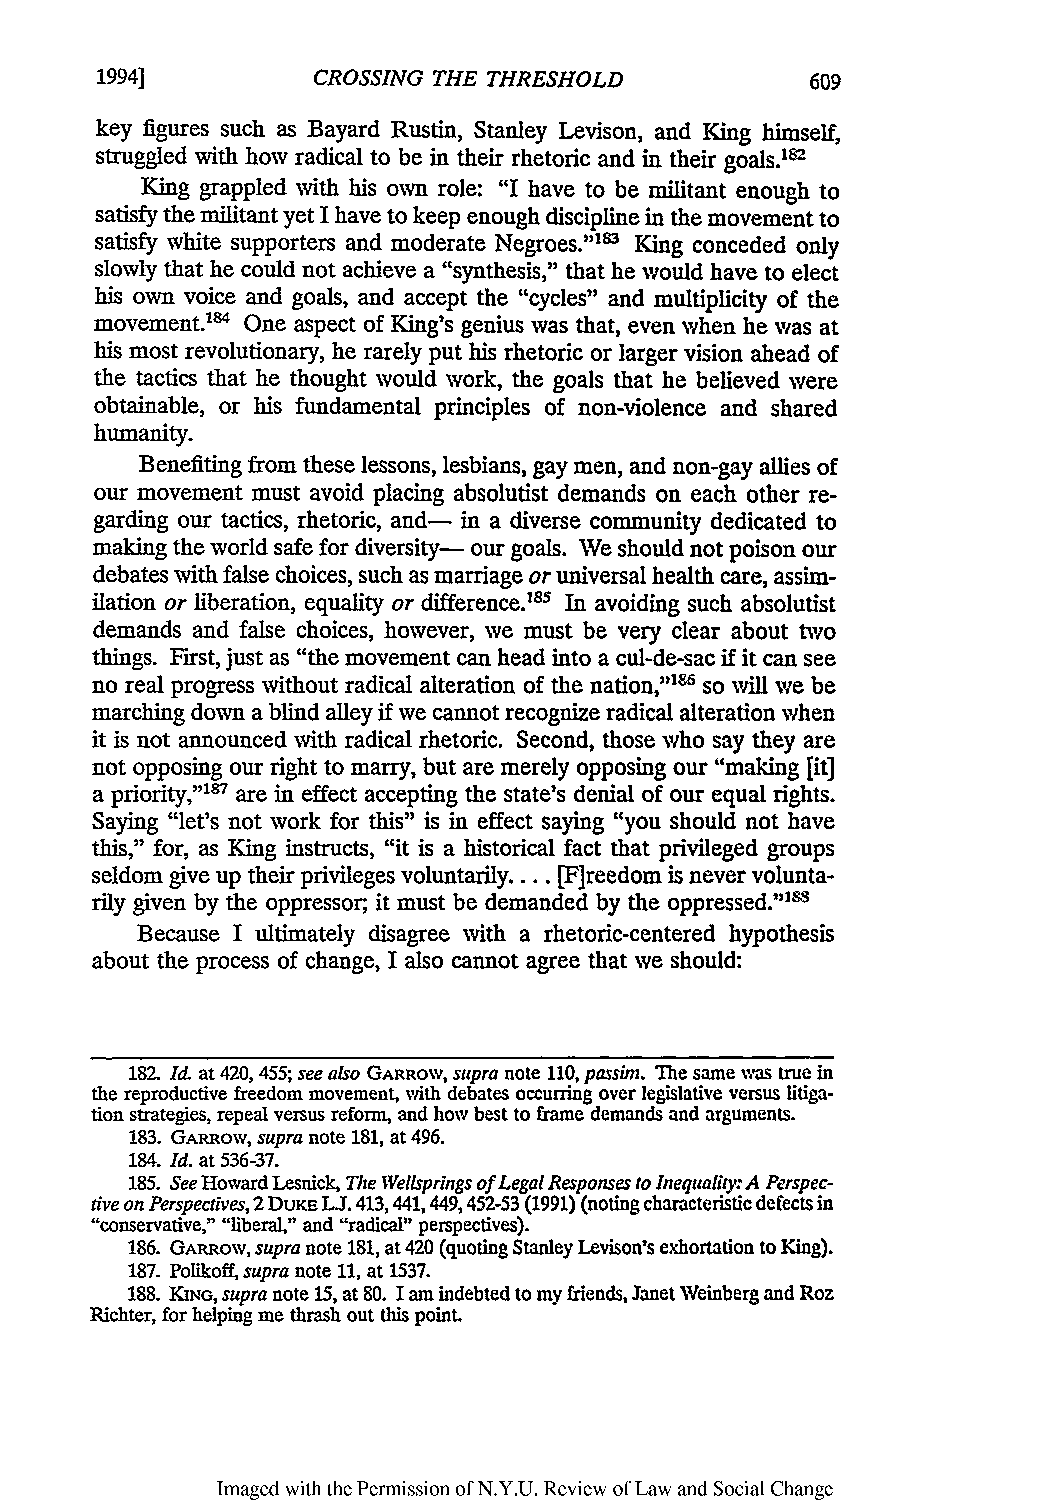
1994]          CROSSING THE THRESHOLD
 key figures such as Bayard Rustin, Stanley Levison, and King himself,
 struggled with how radical to be in their rhetoric and in their goals.1s'
 King grappled with his own role: "I have to be militant enough to
 satisfy the militant yet I have to keep enough discipline in the movement to
 satisfy white supporters and moderate Negroes.""l King conceded only
 slowly that he could not achieve a "synthesis," that he would have to elect
 his own voice and goals, and accept the "cycles" and multiplicity of the
 movement.'14 One aspect of King's genius was that, even when he was at
 his most revolutionary, he rarely put his rhetoric or larger vision ahead of
 the tactics that he thought would work, the goals that he believed were
 obtainable, or his fundamental principles of non-violence and shared
 humanity.
 Benefiting from these lessons, lesbians, gay men, and non-gay allies of
 our movement must avoid placing absolutist demands on each other re-
 garding our tactics, rhetoric, and- in a diverse community dedicated to
 making the world safe for diversity- our goals. We should not poison our
 debates with false choices, such as marriage or universal health care, assim-
 ilation or liberation, equality or difference." s In avoiding such absolutist
 demands and false choices, however, we must be very clear about two
 things. First, just as "the movement can head into a cul-de-sac if it can see
 no real progress without radical alteration of the nation,'186s o will we be
 marching down a blind alley if we cannot recognize radical alteration when
 it is not announced with radical rhetoric. Second, those who say they are
 not opposing our right to marry, but are merely opposing our "making [it]
 a priority,"'1 7 are in effect accepting the state's denial of our equal rights.
 Saying "let's not work for this" is in effect saying "you should not have
 this," for, as King instructs, "it is a historical fact that privileged groups
 seldom give up their privileges voluntarily.... [F]reedom is never volunta-
 rily given by the oppressor, it must be demanded by the oppressed."o"s
 Because I ultimately disagree with a rhetoric-centered hypothesis
 about the process of change, I also cannot agree that we should:
 182. Id. at 420, 455; see also GARROW, supra note 110, passi m. The same was true in
 the reproductive freedom movement, with debates occurring over legislative versus litiga-
 tion strategies, repeal versus reform, and how best to frame demands and arguments.
 183. GARRow, supra note 181, at 496.
 184. Id. at 536-37.
 185. See Howard Lesnick, The Wellsprings of Legal Responses to Inequality: A Perspec-
 tive on Perspectives,2 DuKE LJ.4 13,441,449,452-53 (1991) (noting characteristic defects in
 "conservative," "liberal," and "radical!' perspectives).
 186. GARRow, supra note 181, at 420 (quoting Stanley Levison's exhortation to King).
 187. Polikoff, supra note 11, at 1537.
 188. KING, supra note 15, at 80. I am indebted to my friends, Janet Weinberg and Roz
 Richter, for helping me thrash out this point.
 Imaged with the Permission of N.Y.U. Review of Law and Social Change